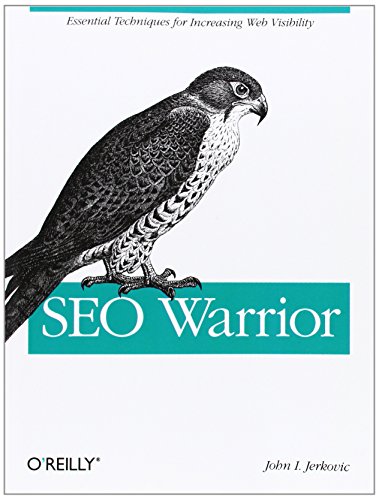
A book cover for SEO Warrior; John I Jerkovic; Computers & Technology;